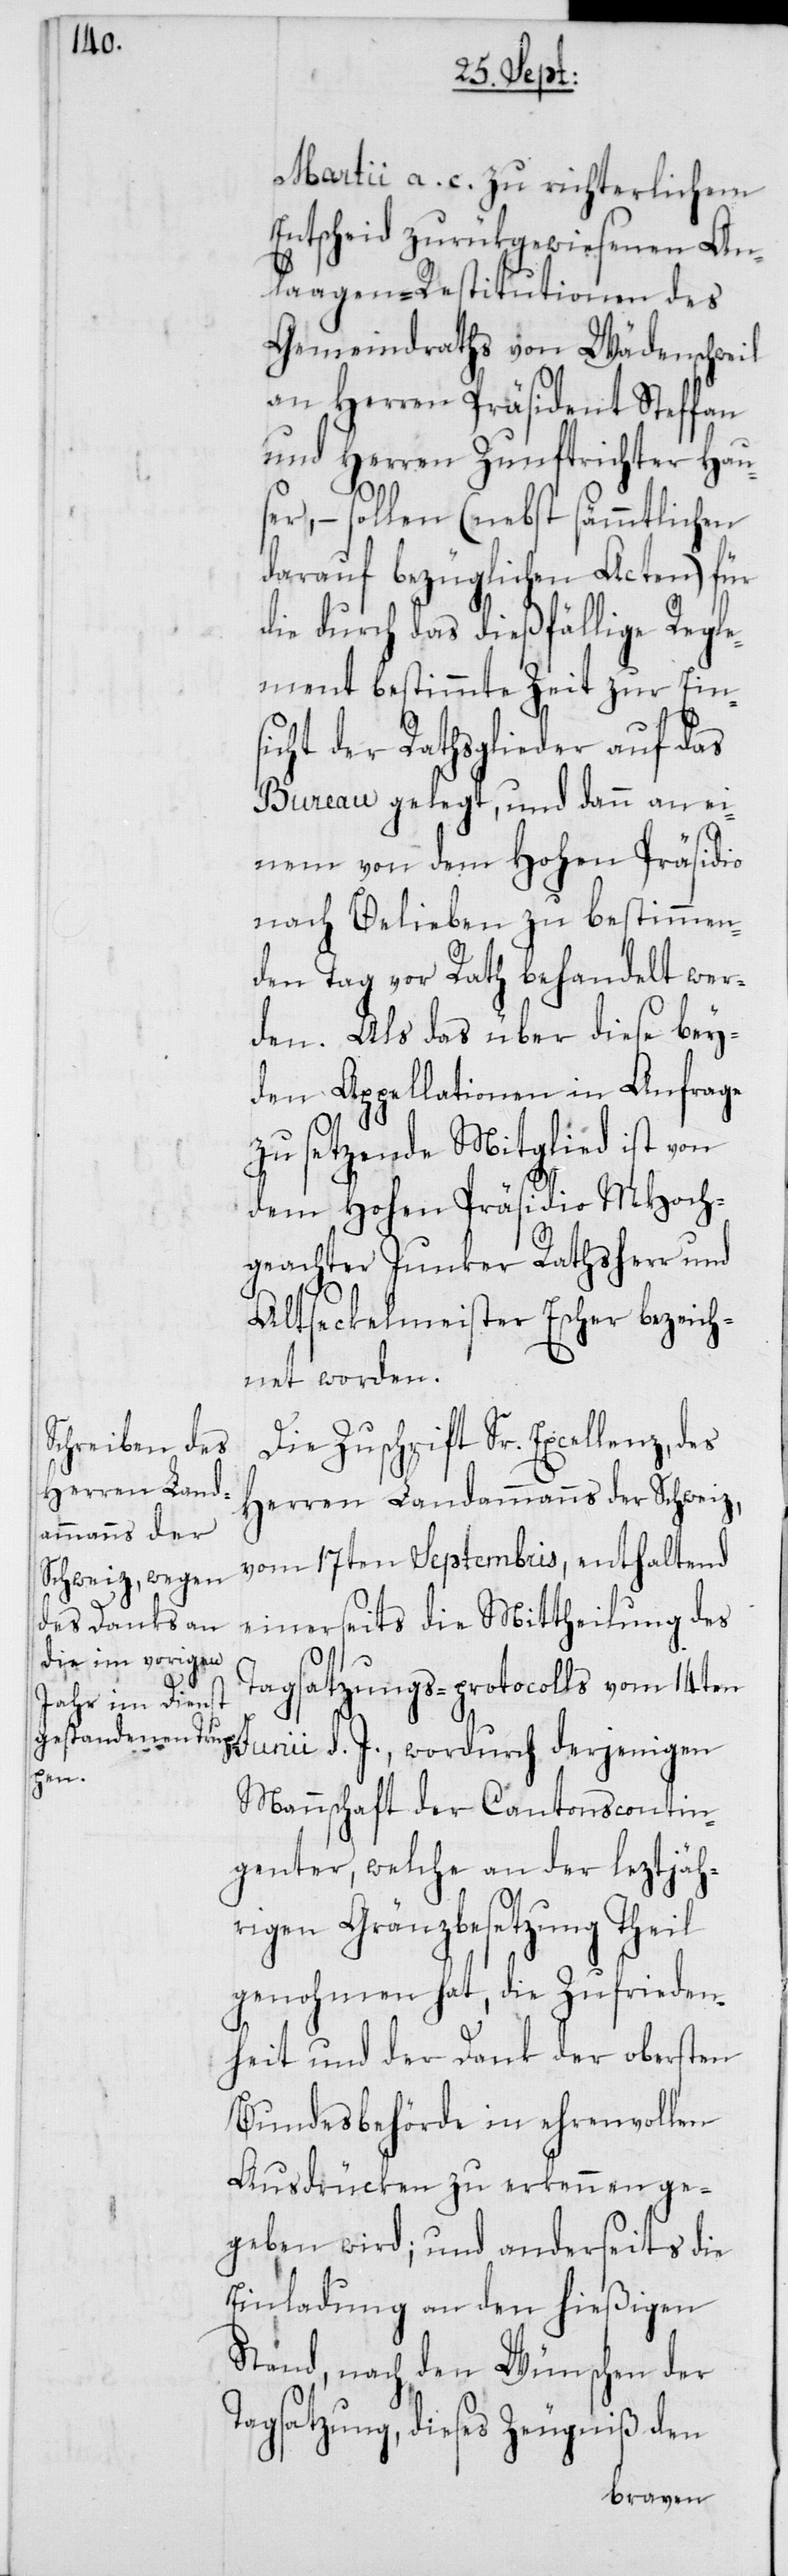
Martii a. c. zu richterlichem
Entscheid zurükgewiesenen An¬
laagen-Restitutionen des
Gemeindraths von Wädenschweil
an Herren Präsident Steffan
und Herren Zunftrichter Hau¬
ser, – sollen (nebst sämmtlichen
darauf bezüglichen Acten) für
die durch das dießfällige Regle¬
ment bestimmte Zeit zur Ein¬
sicht der Rathsglieder auf das
Bureau gelegt, und dann an ei¬
nem von dem Hohen Präsidio
nach Belieben zu bestimmen¬
den Tag vor Rath behandelt wer¬
den. Als das über diese bey¬
den Appellationen in Anfrage
zu setzende Mitglied ist von
dem Hohen Präsidio MHoch¬
geachter Junker Rathsherr und
Altseckelmeister Escher bezeich¬
net worden.
Die Zuschrift Sr. Excellenz, des
Herren Landammanns der Schweiz,
vom 17ten Septembris, enthaltend
einerseits die Mittheilung des
Tagsatzungs-protocolls vom 14ten
Junii d. J., wordurch derjenigen
Mannschaft der Cantonscontin¬
genter, welche an der leztjäh¬
rigen Gränzbesetzung theil¬
genohmen hat, die Zufrieden¬
heit und der Dank der obersten
Bundesbehörde in ehrenvollen
Ausdrücken zu erkennen ge¬
geben wird; und anderseits die
Einladung an den hießigen
Stand, nach den Wünschen der
Tagsatzung, dieses Zeugnis den